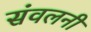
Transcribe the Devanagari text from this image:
संवलनी